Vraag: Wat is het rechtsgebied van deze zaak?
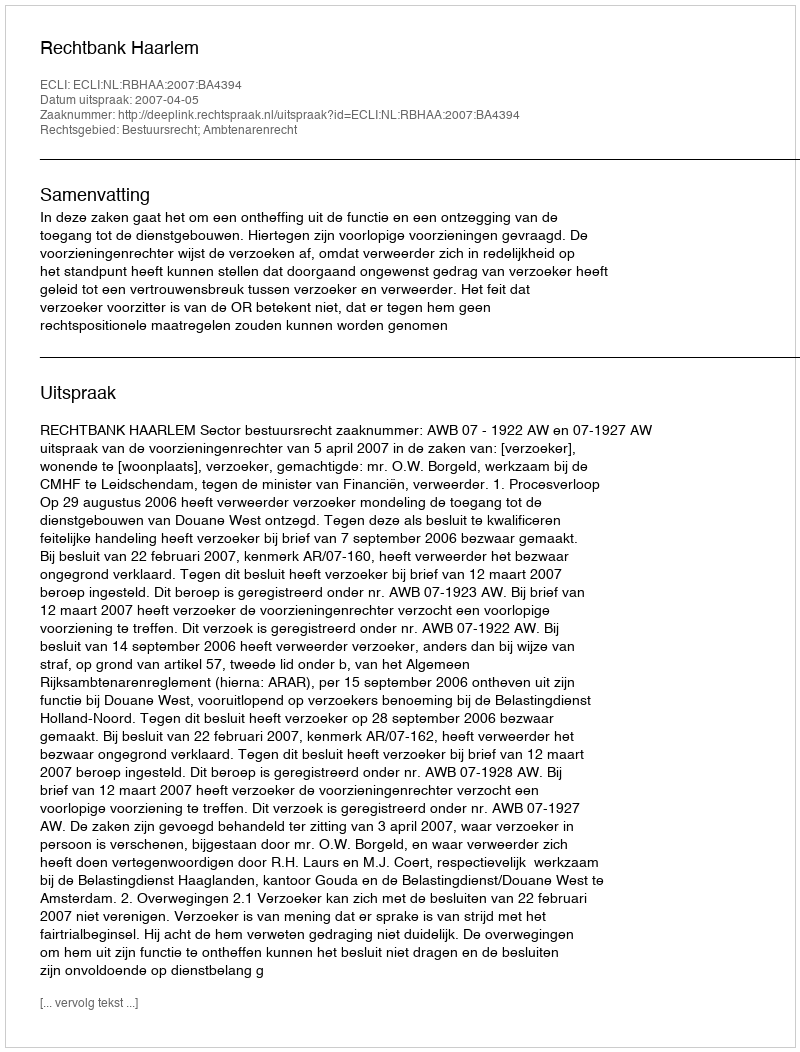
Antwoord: Bestuursrecht; Ambtenarenrecht